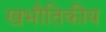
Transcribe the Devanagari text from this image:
खभौतिकीय